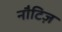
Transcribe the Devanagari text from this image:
नौटिज़